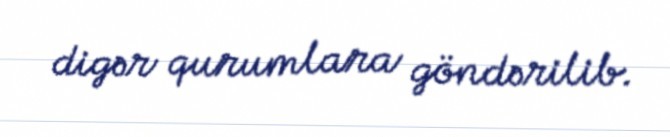
digər qurumlara göndərilib.